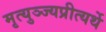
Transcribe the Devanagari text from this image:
मृत्युञ्ज्यप्रीत्यर्थे